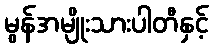
မွန်အမျိုးသားပါတီနှင့်